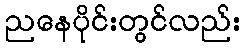
ညနေပိုင်းတွင်လည်း